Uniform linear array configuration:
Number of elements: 12
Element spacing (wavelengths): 1
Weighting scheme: hann
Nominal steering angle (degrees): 0
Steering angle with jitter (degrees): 1.268
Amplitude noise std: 0.05
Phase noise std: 0.05

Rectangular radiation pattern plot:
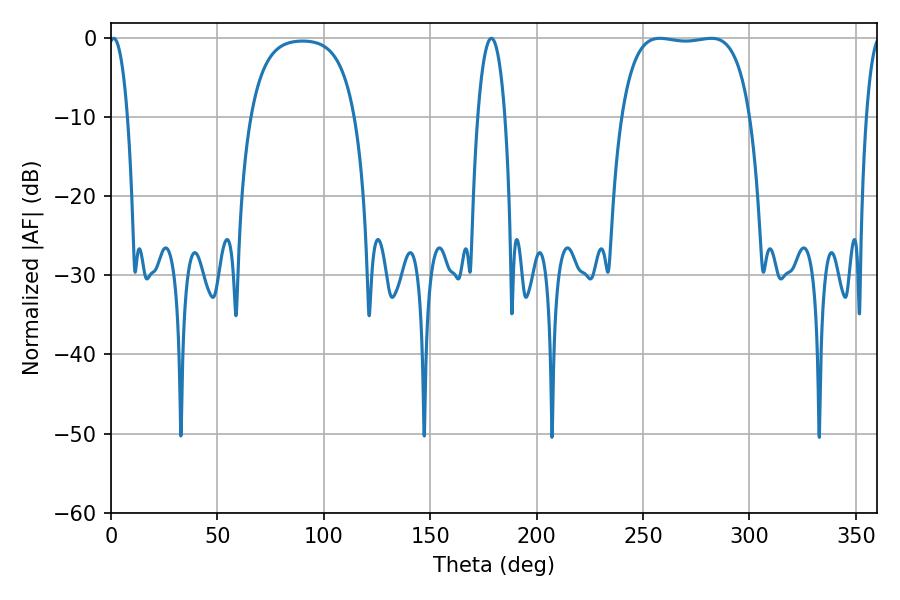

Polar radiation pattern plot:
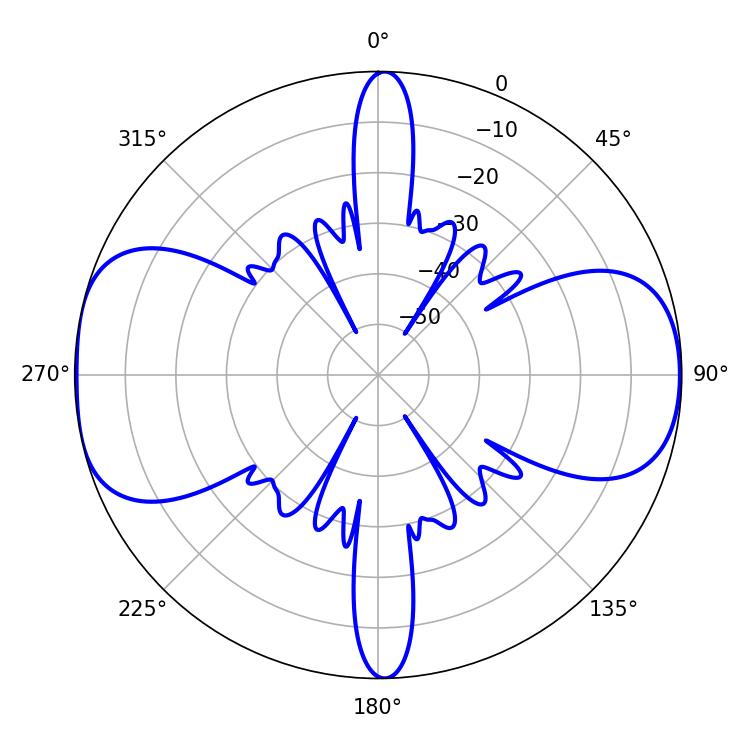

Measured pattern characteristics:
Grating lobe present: TRUE
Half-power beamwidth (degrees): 47.88
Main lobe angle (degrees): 257.94